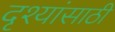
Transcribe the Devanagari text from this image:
दृश्यांसाठी